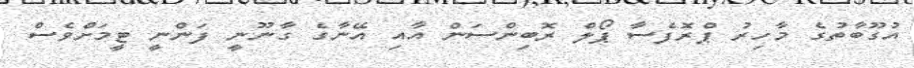
އުގޫބާތުގެ މާހިރު ޕްރޮފެސާ ޕޯލް ރޮބިންސަން އާއި އޭނާގެ ގާނޫނީ ފަންނީ ޓީމަށްވެސް